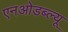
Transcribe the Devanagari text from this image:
एनओडब्ल्यू